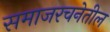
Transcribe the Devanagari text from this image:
समाजरचनेतील